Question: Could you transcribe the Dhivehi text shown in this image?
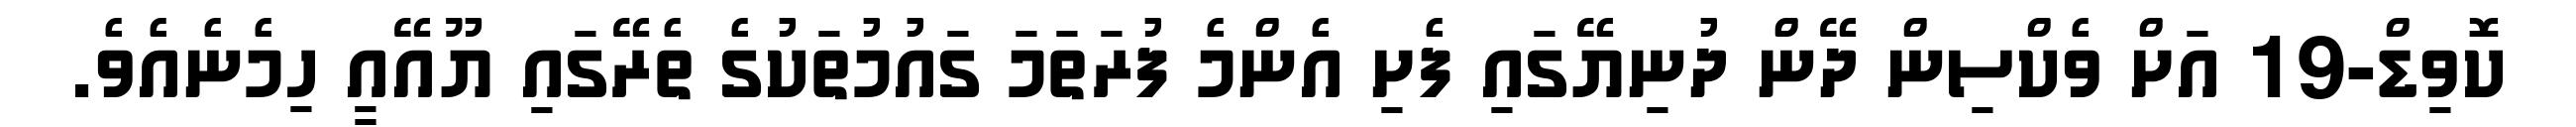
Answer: ކޮވިޑް-19 އަށް ވެކްސިން ދޭން ދުނިޔޭގައި ފެށި އެންމެ ފުރަތަމަ ގައުމުތަކުގެ ތެރޭގައި ޔޫއޭއީ ހިމެނެއެވެ.